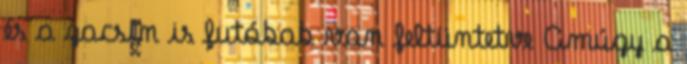
és a zacsin is futóbab van feltüntetve Amúgy a